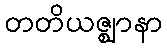
တတိယဇ္ဈာနာ